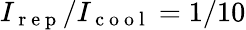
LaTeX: I_{\mathrm{~r~e~p~}}/I_{\mathrm{~c~o~o~l~}}=1/10